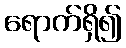
ရောက်ရှိ၍